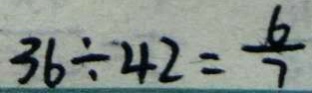
3 6 \div 4 2 = \frac { 6 } { 7 }